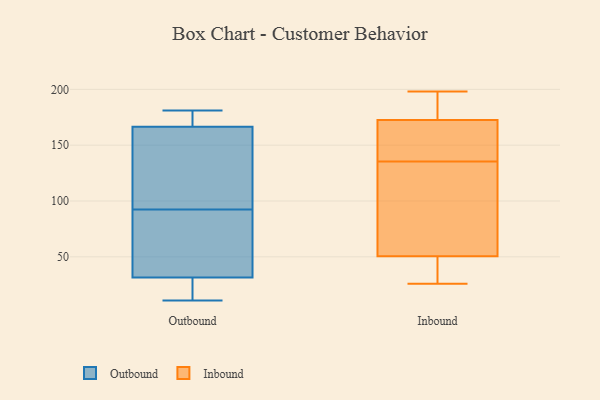
{"axis": {"x": "Energy Usage (MWh)", "y": "Value"}, "legend": ["Inbound", "Outbound"], "data": [{"x": "", "y": 139, "type": "Outbound"}, {"x": "", "y": 41, "type": "Outbound"}, {"x": "", "y": 113, "type": "Outbound"}, {"x": "", "y": 181, "type": "Outbound"}, {"x": "", "y": 173, "type": "Outbound"}, {"x": "", "y": 15, "type": "Outbound"}, {"x": "", "y": 161, "type": "Outbound"}, {"x": "", "y": 22, "type": "Outbound"}, {"x": "", "y": 11, "type": "Outbound"}, {"x": "", "y": 72, "type": "Outbound"}, {"x": "", "y": 172, "type": "Outbound"}, {"x": "", "y": 54, "type": "Outbound"}, {"x": "", "y": 135, "type": "Inbound"}, {"x": "", "y": 136, "type": "Inbound"}, {"x": "", "y": 152, "type": "Inbound"}, {"x": "", "y": 47, "type": "Inbound"}, {"x": "", "y": 148, "type": "Inbound"}, {"x": "", "y": 27, "type": "Inbound"}, {"x": "", "y": 170, "type": "Inbound"}, {"x": "", "y": 62, "type": "Inbound"}, {"x": "", "y": 187, "type": "Inbound"}, {"x": "", "y": 26, "type": "Inbound"}, {"x": "", "y": 54, "type": "Inbound"}, {"x": "", "y": 198, "type": "Inbound"}, {"x": "", "y": 175, "type": "Inbound"}, {"x": "", "y": 175, "type": "Inbound"}, {"x": "", "y": 106, "type": "Inbound"}, {"x": "", "y": 149, "type": "Inbound"}, {"x": "", "y": 178, "type": "Inbound"}, {"x": "", "y": 102, "type": "Inbound"}, {"x": "", "y": 39, "type": "Inbound"}, {"x": "", "y": 31, "type": "Inbound"}]}